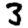
Digit: 3